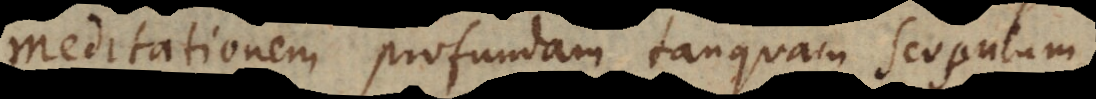
meditationem profundam tanquam scopulum